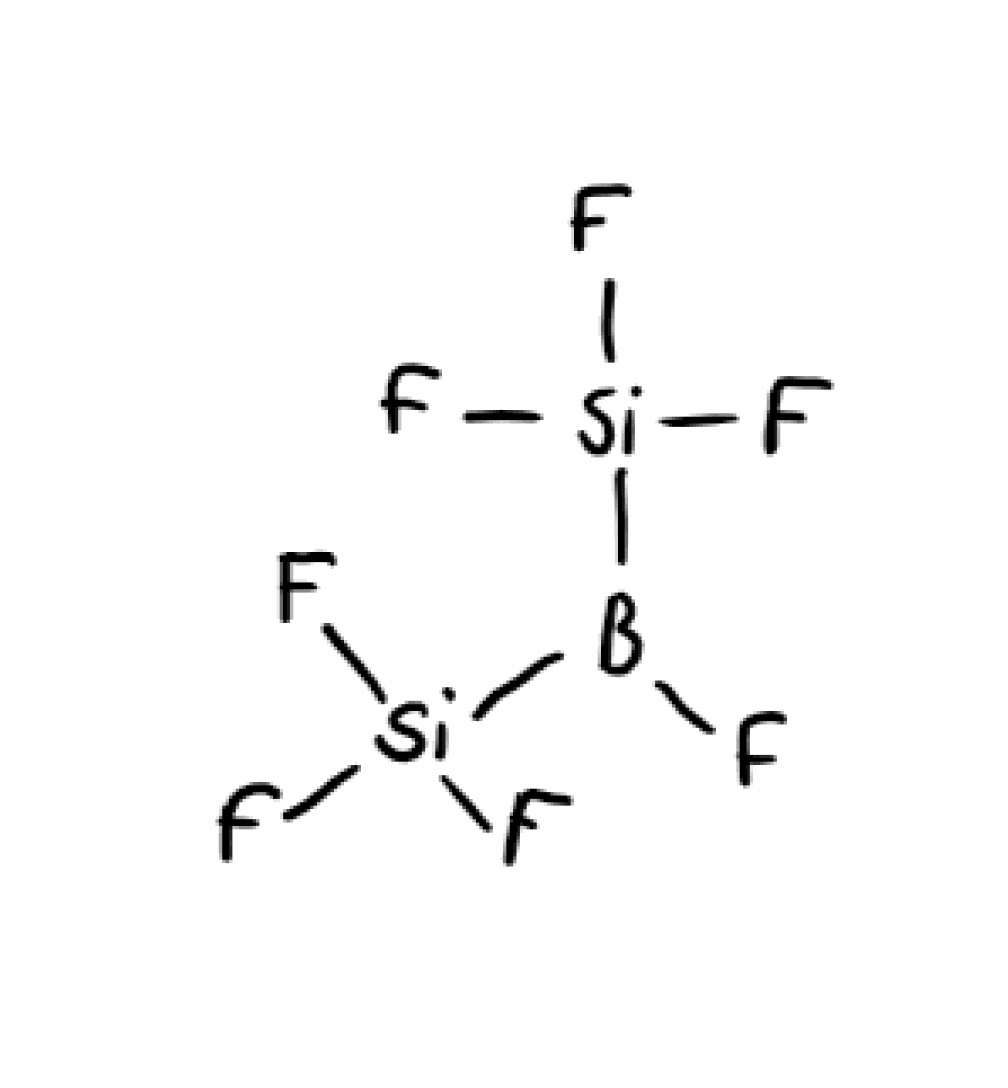
Simplified molecular-input line-entry system (SMILES) notation of the given molecule:
B(F)([Si](F)(F)F)[Si](F)(F)F